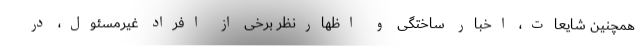
همچنین شایعات، اخبار ساختگی و اظهارنظر برخی از افراد غیرمسئول، در